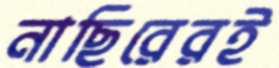
নাছিরেরই